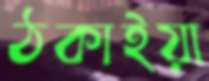
ঠকাইয়া